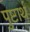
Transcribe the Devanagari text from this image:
पुष्टार्थ